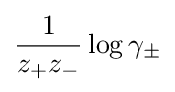
{\frac {1}{z_{+}z_{-}}}\log \gamma _{\pm }